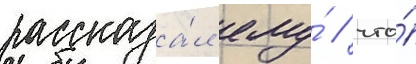
рассказа́л ему́ / что́